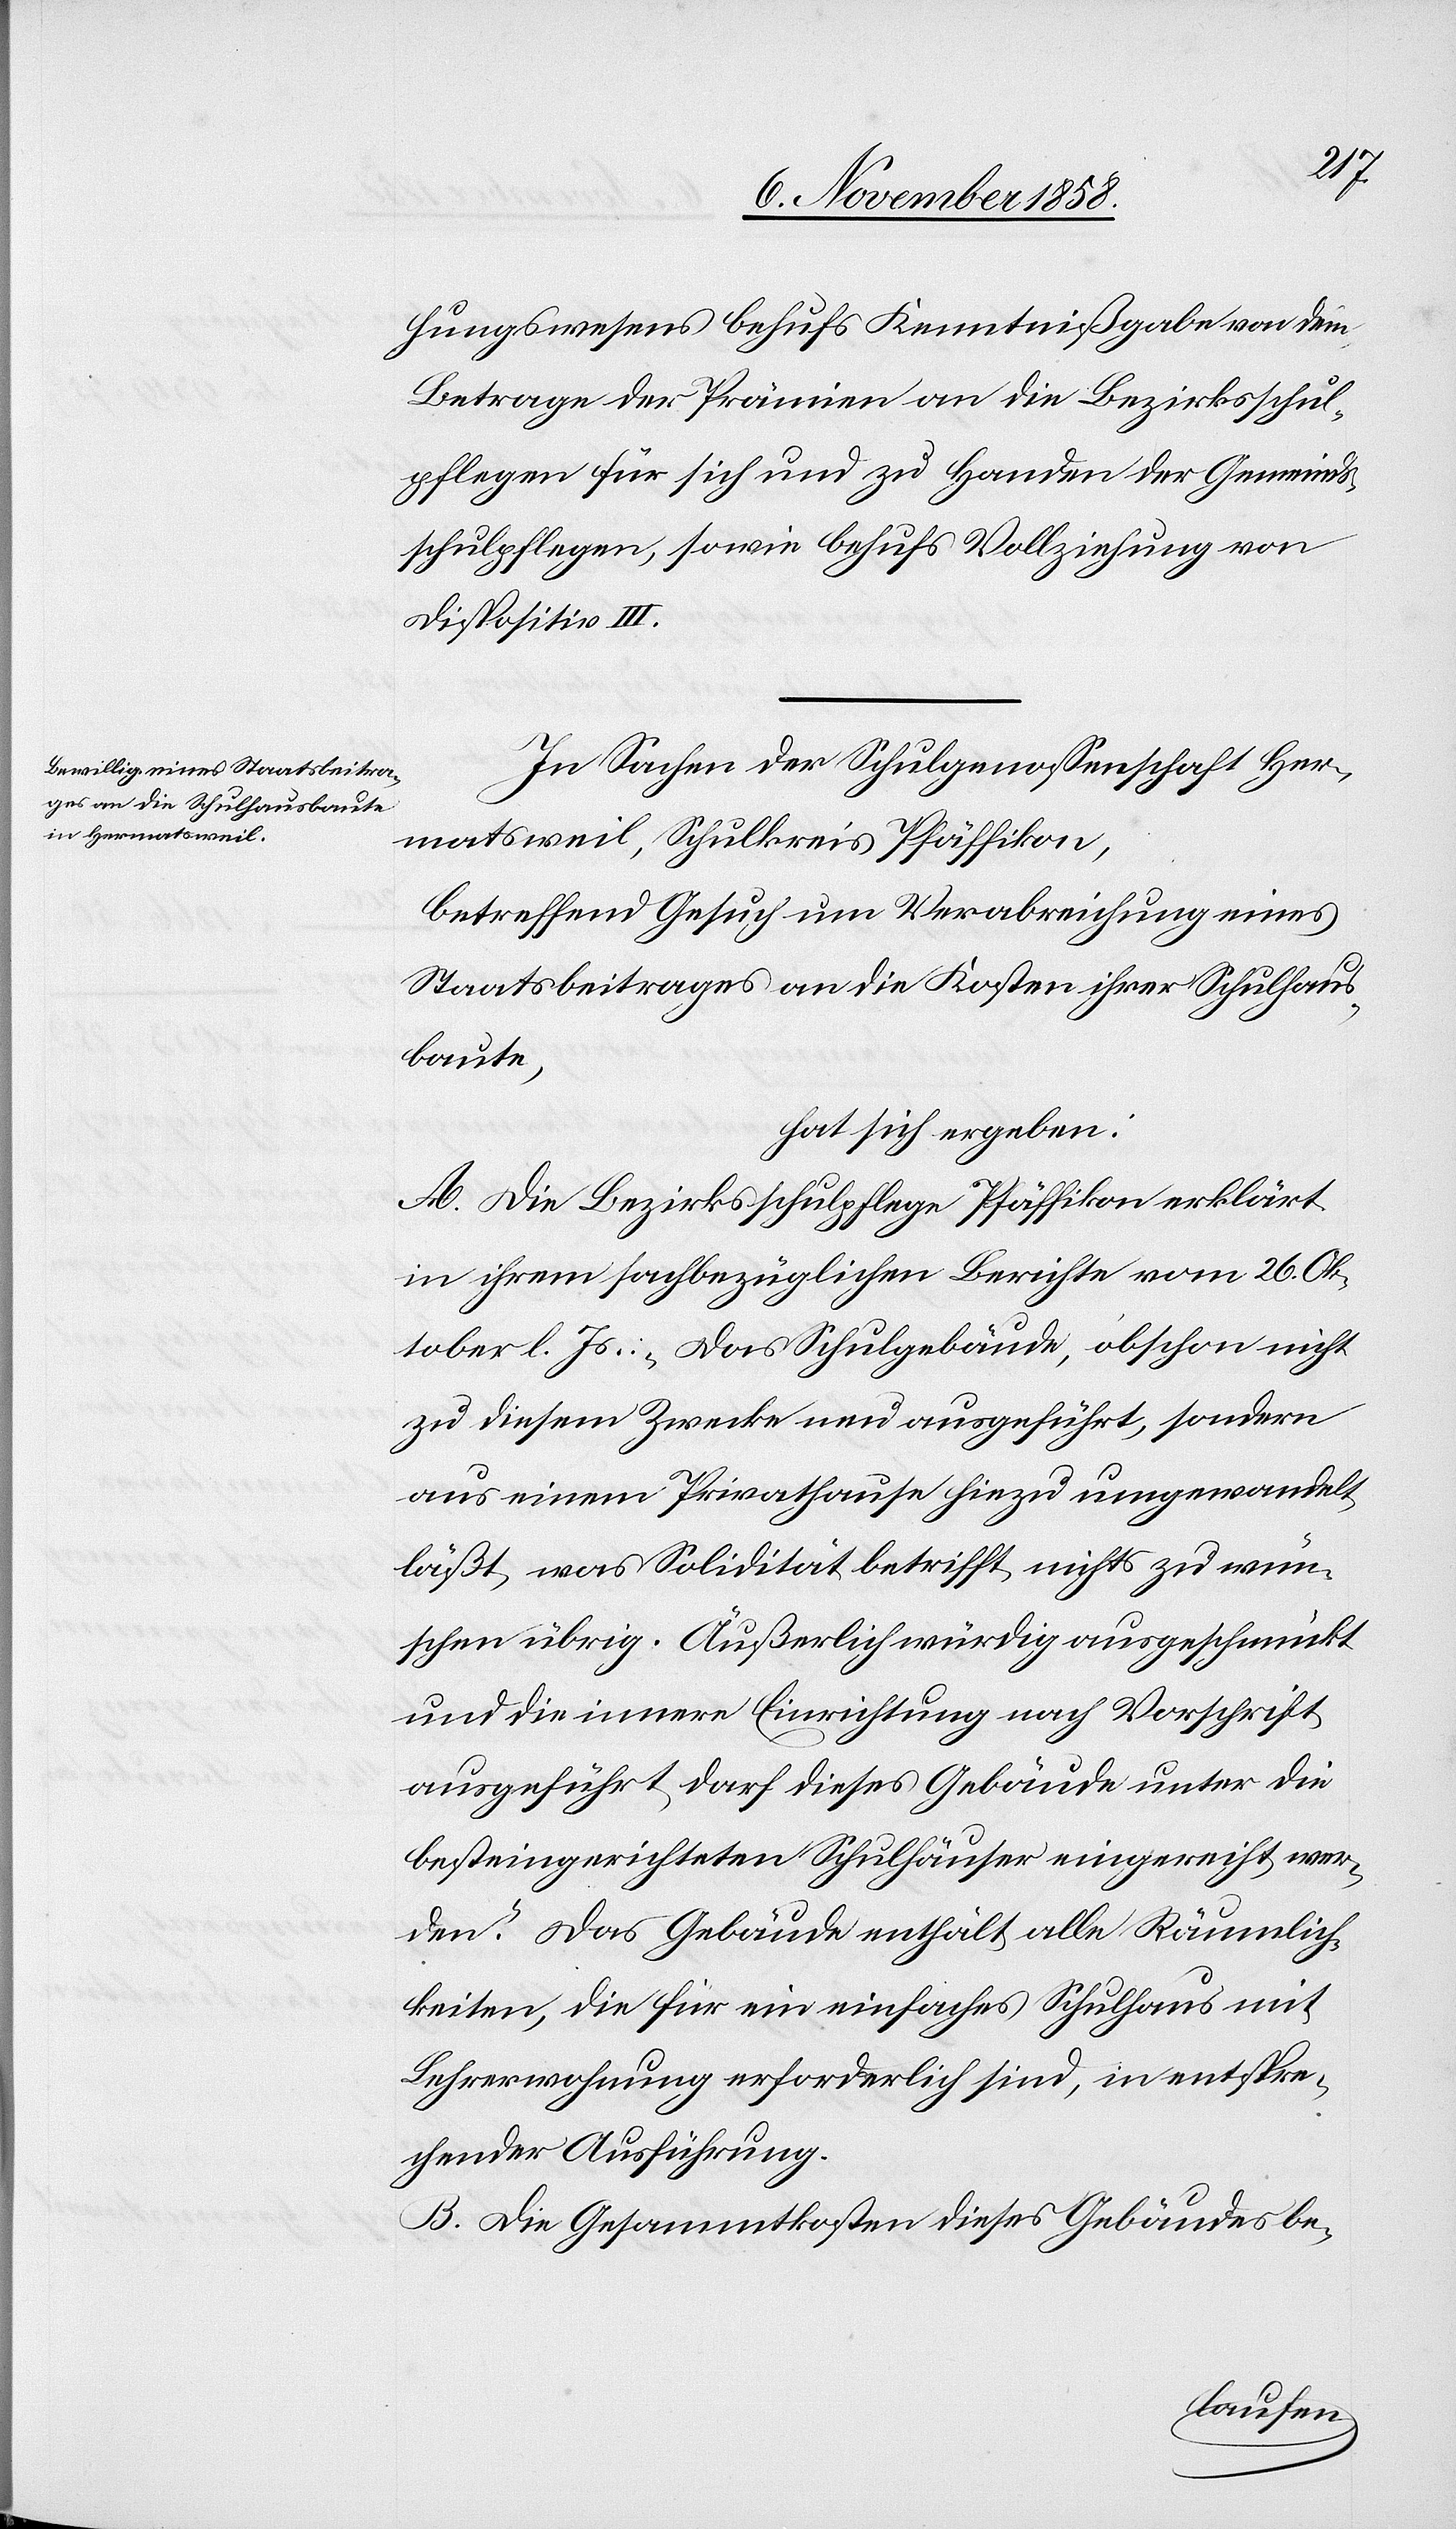
hungswesens behufs Kenntnißgabe von dem
Betrage der Prämien an die Bezirksschul¬
pflegen für sich und zu Handen der Gemeinds¬
schulpflegen, sowie behufs Vollziehung von
Dispositiv III.
In Sachen der Schulgenossenschaft Her¬
matsweil, Schulkreis Pfäffikon,
betreffend Gesuch um Verabreichung eines
Staatsbeitrages an die Kosten ihrer Schulhaus¬
baute,
hat sich ergeben:
A. Die Bezirksschulpflege Pfäffikon erklärt
in ihrem sachbezüglichen Berichte vom 26. Ok¬
tober l. Js.: „Das Schulgebäude, obschon nicht
zu diesem Zwecke neu ausgeführt, sondern
aus einem Privathause hiezu umgewandelt,
läßt, was Solidität betrifft, nichts zu wün¬
schen übrig. Äußerlich würdig ausgeschmückt
und die innere Einrichtung nach Vorschrift
ausgeführt, darf dieses Gebäude unter die
besteingerichteten Schulhäuser eingereiht wer¬
den.“ Das Gebäude enthält alle Räumlich¬
keiten, die für ein einfaches Schulhaus mit
Lehrerwohnung erforderlich sind, in entspre¬
chender Ausführung.
B. Die Gesammtkosten dieses Gebäudes be-